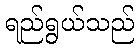
ရည်ရွယ်သည်